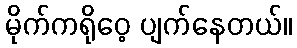
မိုက်ကရိုဝေ့ ပျက်နေတယ်။